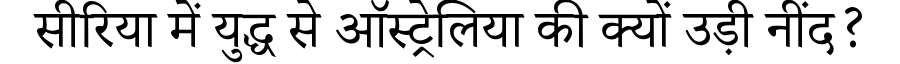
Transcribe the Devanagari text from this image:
सीरिया में युद्ध से ऑस्ट्रेलिया की क्यों उड़ी नींद?